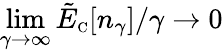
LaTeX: \operatorname*{lim}_{\gamma\to\infty}\tilde{E}_{\scriptscriptstyle\mathrm{C}}[n_{\gamma}]/\gamma\to 0